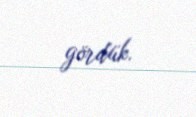
gördük.